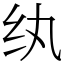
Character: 纨